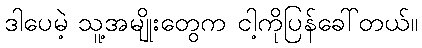
ဒါပေမဲ့ သူ့အမျိုးတွေက ငါ့ကိုပြန်ခေါ်တယ်။